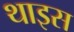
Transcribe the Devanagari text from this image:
थाइस